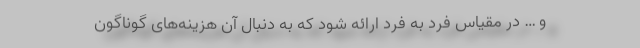
و … در مقیاس فرد به فرد ارائه شود که به دنبال آن هزینه‌های گوناگون